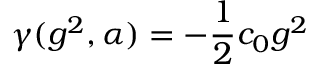
\gamma ( g ^ { 2 } , \alpha ) = - \frac { 1 } { 2 } c _ { 0 } g ^ { 2 }